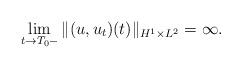
LaTeX: \begin{align*}\lim_{t \to T_0-} \| (u, u_t)(t) \|_{H^1\times L^2} = \infty.\end{align*}